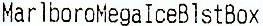
MARLBOROMEGAICEBLSTBOX